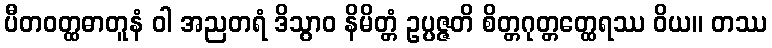
ပီတဝတ္ထဓာတူနံ ဝါ အညတရံ ဒိသွာဝ နိမိတ္တံ ဥပ္ပဇ္ဇတိ စိတ္တဂုတ္တတ္ထေရဿ ဝိယ။ တဿ